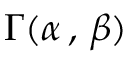
\Gamma ( \alpha \, , \, \beta )